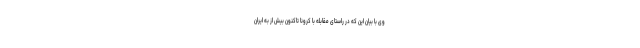
وی با بیان این که در راستای مقابله با کرونا تاکنون بیش از به ایران